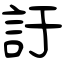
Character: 訏